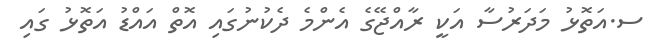
ސ.އަތޮޅު މަދަރުސާ އަކީ ރާއްޖޭގެ އެންމެ ދެކުނުގައި އޮތް އައްޑު އަތޮޅު ގައި